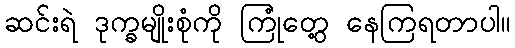
ဆင်းရဲ ဒုက္ခမျိုးစုံကို ကြုံတွေ့ နေကြရတာပါ။